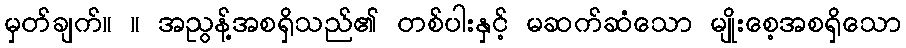
မှတ်ချက်။ ။ အညွန့်အစရှိသည်၏ တစ်ပါးနှင့် မဆက်ဆံသော မျိုးစေ့အစရှိသော